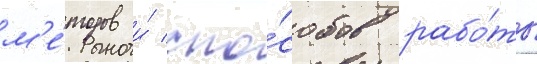
м'е́тодов и́ спо́собов рабо́ты